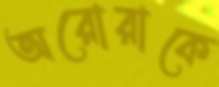
অরোরাকে